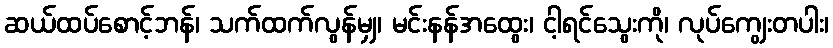
ဆယ်ထပ်စောင့်ဘန်၊ သက်ထက်လွန်မျှ၊ မင်းနန်အထွေး၊ ငါ့ရင်သွေးကို၊ လုပ်ကျွေးတပါး၊